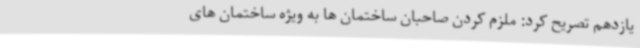
یازدهم تصریح کرد: ملزم کردن صاحبان ساختمان ها به ویژه ساختمان های